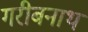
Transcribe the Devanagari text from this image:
गरीबनाथ